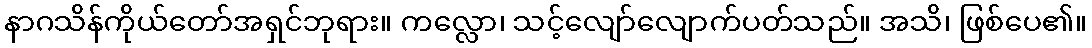
နာဂသိန်ကိုယ်တော်အရှင်ဘုရား။ ကလ္လော၊ သင့်လျော်လျောက်ပတ်သည်။ အသိ၊ ဖြစ်ပေ၏။